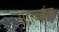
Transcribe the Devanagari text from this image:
सगळ्यांच